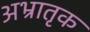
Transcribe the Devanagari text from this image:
अभ्रातृक